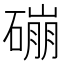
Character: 磞